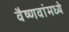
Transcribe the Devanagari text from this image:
वैष्णवांमध्ये